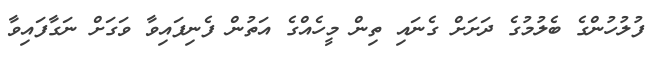
ފުލުހުންގެ ބެލުމުގެ ދަށަށް ގެނައި ތިން މީހެއްގެ އަތުން ފެނިފައިވާ ވަގަށް ނަގާފައިވާ